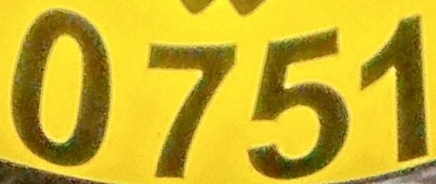
0751